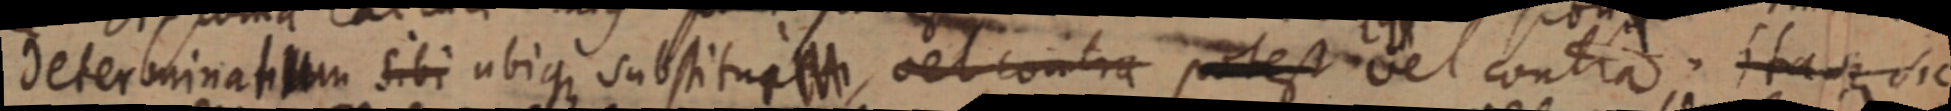
determinatium sibi ubique substitui _, vel contra potest vel contra; itaque sic